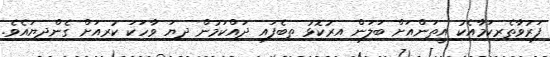
ފަރުވާތެރިކަމާއެކު އީތަންއަށް ބަލަން އިރުކޮޅު ތިބެފައި ދައްކަމުން ދިޔަ ވާހަކަ ކުރިއަށް ގެންދިޔައެވެ.